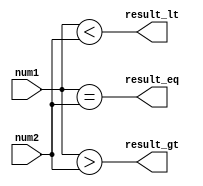
module signed_comparator(
    input signed [31:0] num1,
    input signed [31:0] num2,
    output reg result_gt,
    output reg result_lt,
    output reg result_eq
);

always @(*) begin
    result_gt = (num1 > num2);
    result_lt = (num1 < num2);
    result_eq = (num1 == num2);
end

endmodule